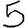
Digit: 5